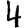
Digit: 4